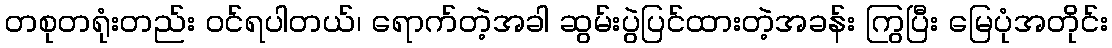
တစုတရုံးတည်း ဝင်ရပါတယ်၊ ရောက်တဲ့အခါ ဆွမ်းပွဲပြင်ထားတဲ့အခန်း ကြွပြီး မြေပုံအတိုင်း